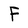
Character: F